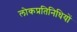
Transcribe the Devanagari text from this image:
लोकप्रतिनिधियों